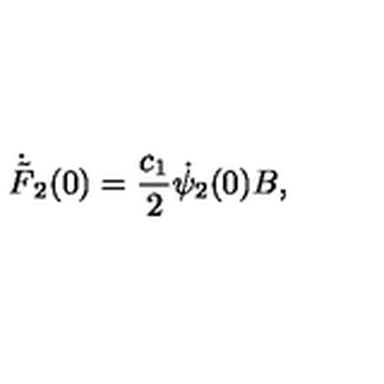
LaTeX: \dot { \tilde { F } } _ { 2 } ( 0 ) = \frac { c _ { 1 } } { 2 } \dot { \psi } _ { 2 } ( 0 ) B ,